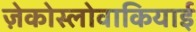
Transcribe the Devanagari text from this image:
ज़ेकोस्लोवाकियाई